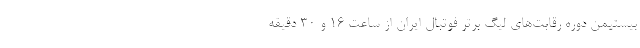
بیستیمن دوره رقابت‌های لیگ برتر فوتبال ایران از ساعت ۱۶ و ۳۰ دقیقه